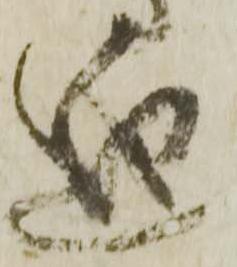
廻